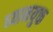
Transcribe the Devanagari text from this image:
ध्‍यानयुक्त